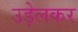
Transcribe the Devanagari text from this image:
उड़ेलकर